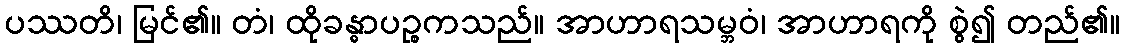
ပဿတိ၊ မြင်၏။ တံ၊ ထိုခန္ဓာပဉ္စကသည်။ အာဟာရသမ္ဘဝံ၊ အာဟာရကို စွဲ၍ တည်၏။